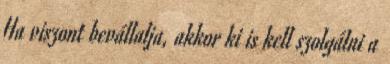
Ha viszont bevállalja, akkor ki is kell szolgálni a